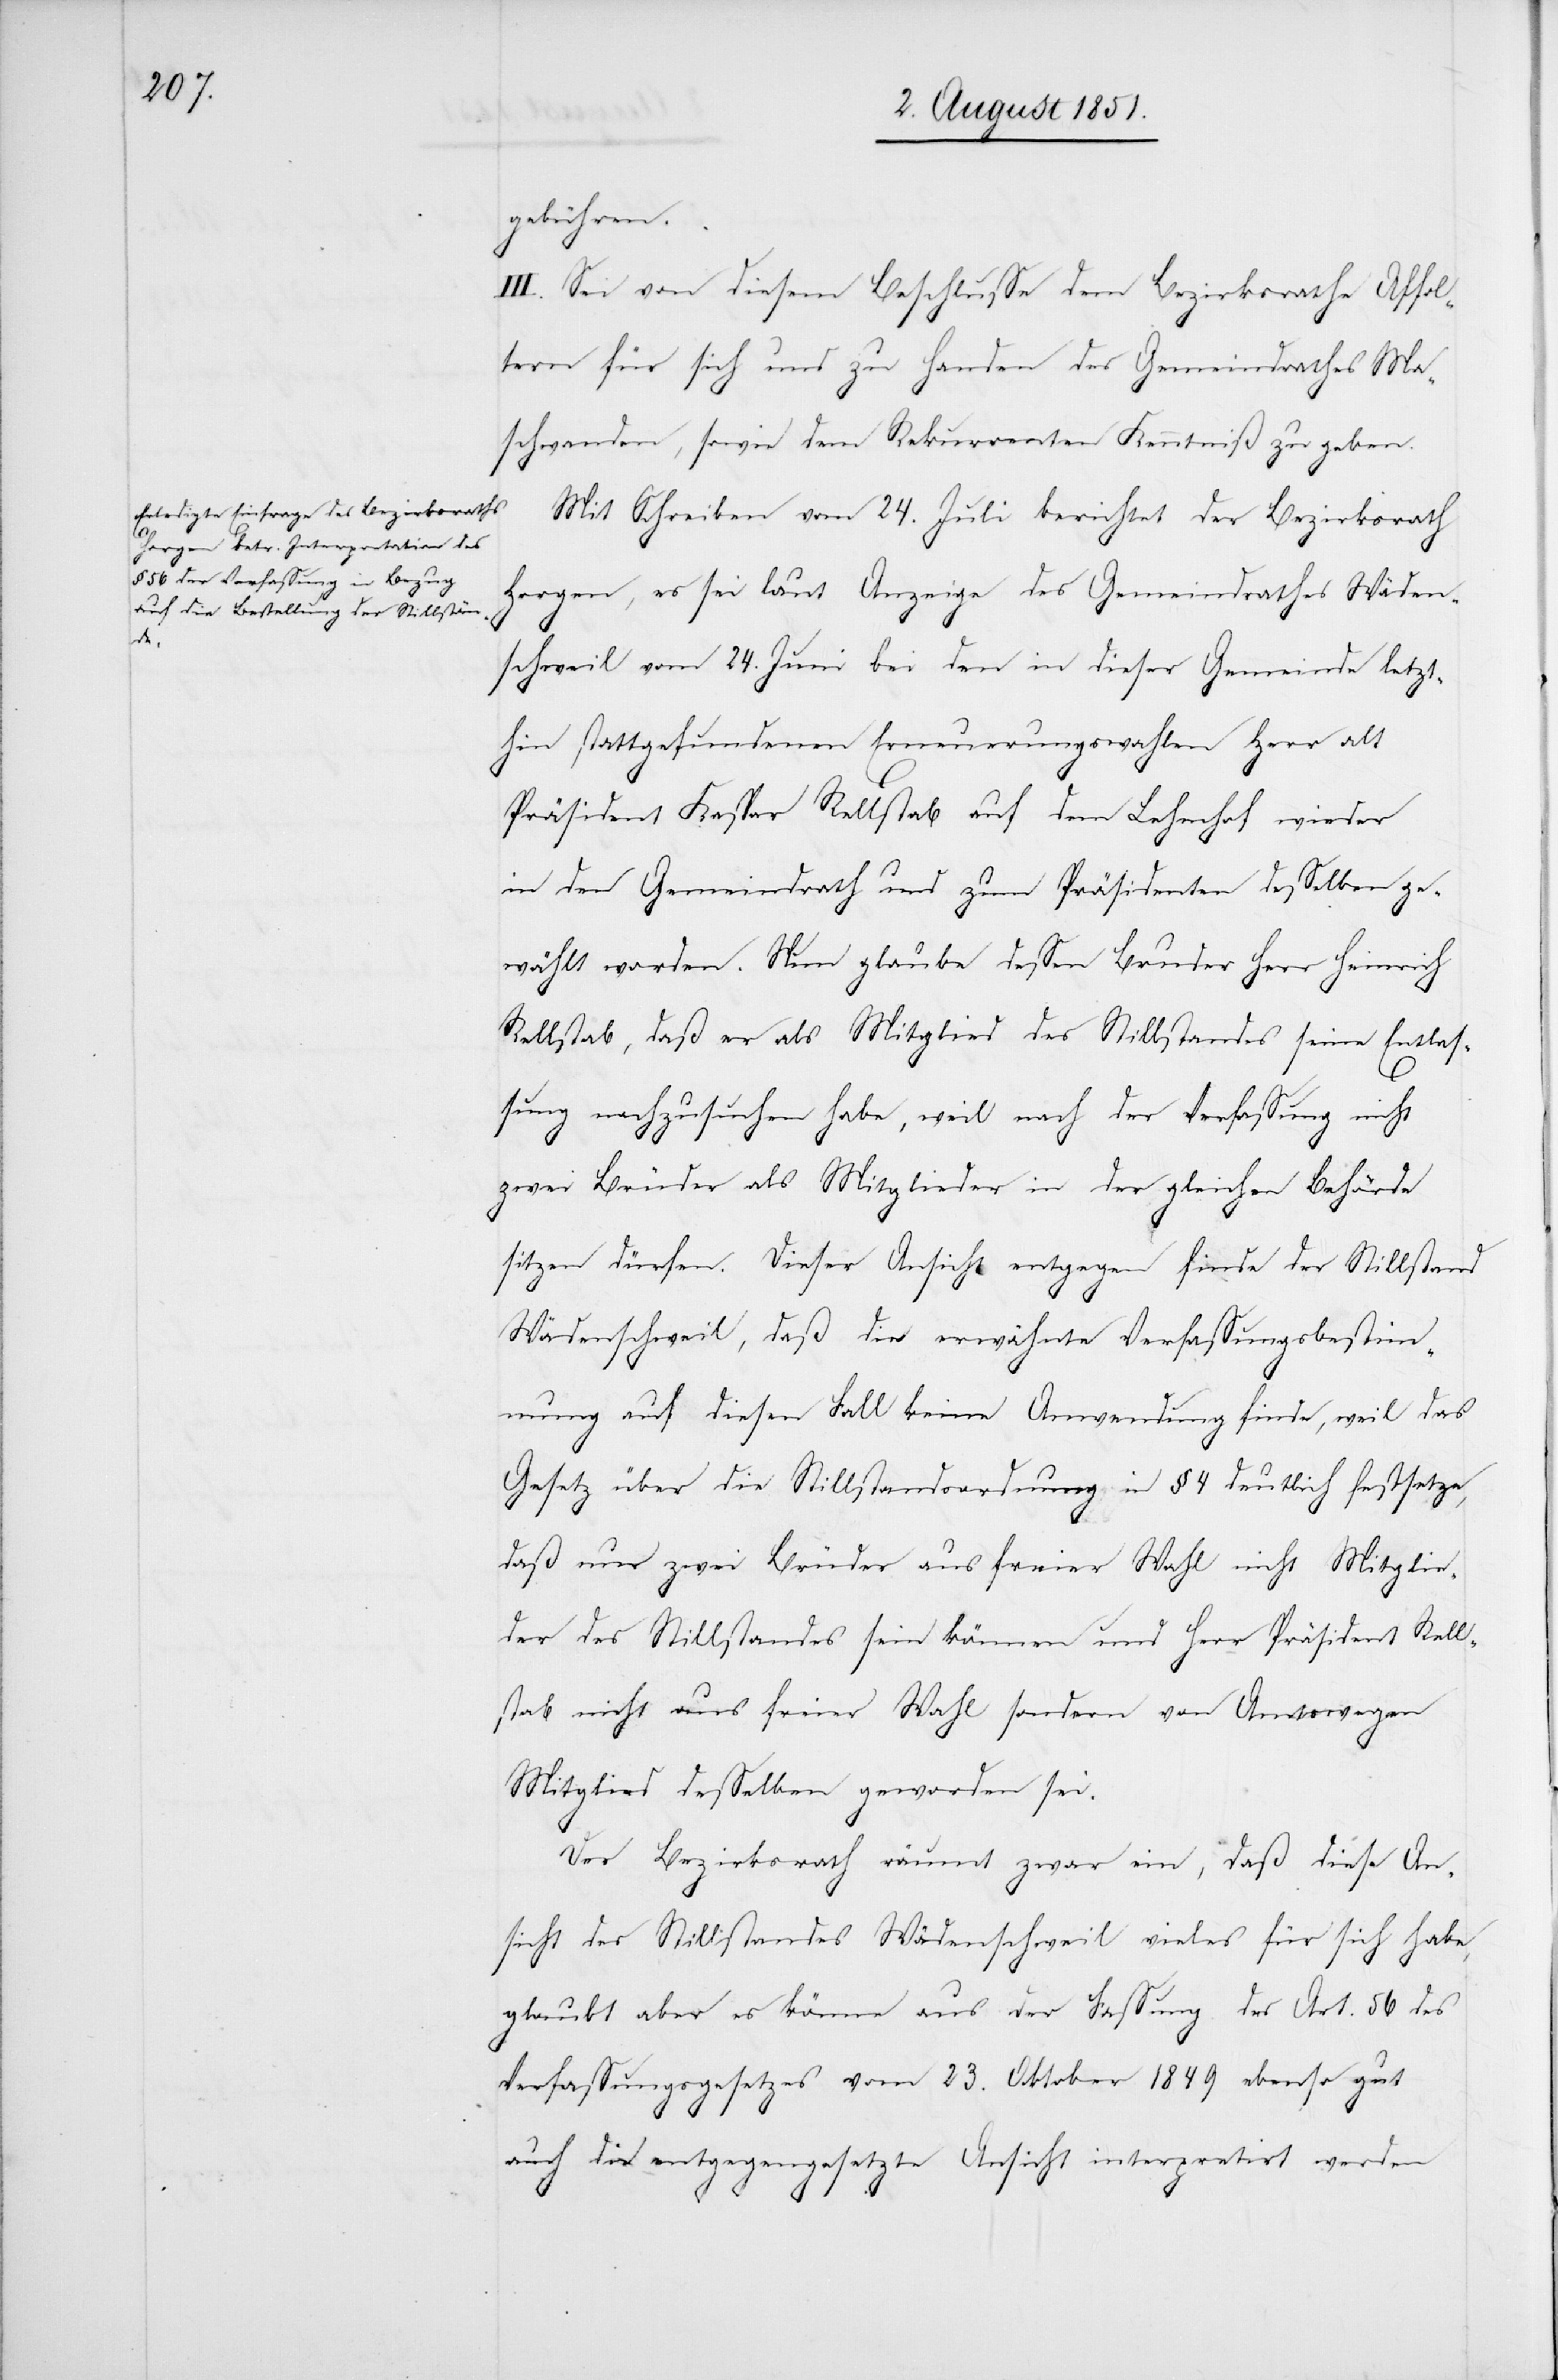
gebühren.
III. Sei von diesem Beschlusse dem Bezirksrathe Affol¬
tern für sich und zu Handen des Gemeindrathes Ma¬
schwanden, sowie dem Rekurrenten Kenntniß zu geben.
Mit Schreiben vom 24. Juli berichtet der Bezirksrath
Horgen, es sei laut Anzeige des Gemeindrathes Wäden¬
schweil vom 24. Juni bei den in dieser Gemeinde letzt¬
hin stattgefundenen Erneuerungswahlen Herr alt
Präsident Kaspar Rellstab auf dem Lehmhof wieder
in den Gemeindrath und zum Präsidenten desselben ge¬
wählt worden. Nun glaube dessen Bruder Herr Heinrich
Rellstab, daß er als Mitglied des Stillstandes seine Entlas¬
sung nachzusuchen habe, weil nach der Verfassung nicht
zwei Brüder als Mitglieder in der gleichen Behörde
sitzen dürfen. Dieser Ansicht entgegen finde der Stillstand
Wädenschweil, daß die erwähnte Verfassungsbestim¬
mung auf diesen Fall keine Anwendung finde, weil das
Gesetz über die Stillstandsordnung in § 4 deutlich festsetze,
daß nur zwei Brüder aus freier Wahl nicht Mitglie¬
der des Stillstandes sein können und Herr Präsident Rell¬
stab nicht aus freier Wahl sondern von Amtswegen
Mitglied desselben geworden sei.
Der Bezirksrath räumt zwar ein, daß diese An¬
sicht des Stillstandes Wädenschweil vieles für sich habe,
glaubt aber es könne aus der Fassung des Art. 56 des
Verfassungsgesetzes vom 23. Oktober 1849 ebenso gut
auch die entgegengesetzte Ansicht interpretirt werden